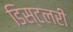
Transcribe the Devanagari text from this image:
डिस्टलरी